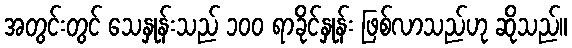
အတွင်းတွင် သေနှုန်းသည် ၁၀၀ ရာခိုင်နှုန်း ဖြစ်လာသည်ဟု ဆိုသည်။